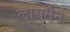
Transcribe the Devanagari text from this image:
लायमैन